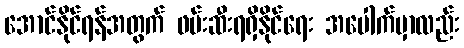
အောင်နိုင်ရန်အတွက် ဖမ်းဆီးရရှိနိုင်ရေး အပေါက်မှာလည်း